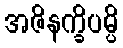
အဇိနက္ခိပမ္ပိ